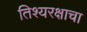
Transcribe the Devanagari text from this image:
तिश्यरक्षाचा